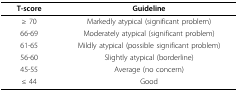
| T-score | Guideline |
 | --- | --- |
 | ≥ 70 | Markedly atypical (significant problem) |
 | 66-69 | Moderately atypical (significant problem) |
 | 61-65 | Mildly atypical (possible significant problem) |
 | 56-60 | Slightly atypical (borderline) |
 | 45-55 | Average (no concern) |
 | ≤ 44 | Good |